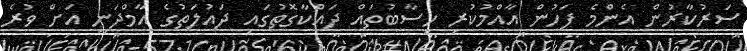
ސަރުކާރުން އެންމެ ފަހުން އާއްމުކުރި ހިސާބުތައް ދައްކާގޮތުގައި ދައުލަތުގެ އާމްދަނީ އަށް ވުރެ